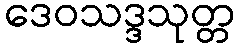
ဒေဝသဒ္ဒသုတ္တ